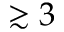
\gtrsim 3